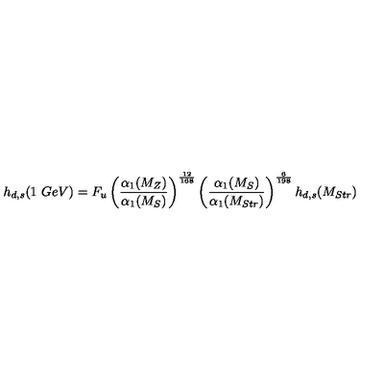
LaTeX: h _ { d , s } ( 1 \ G e V ) = F _ { u } \left( \frac { \alpha _ { 1 } ( M _ { Z } ) } { \alpha _ { 1 } ( M _ { S } ) } \right) ^ { \frac { 1 2 } { 1 6 8 } } \left( \frac { \alpha _ { 1 } ( M _ { S } ) } { \alpha _ { 1 } ( M _ { S t r } ) } \right) ^ { \frac { 6 } { 1 9 8 } } h _ { d , s } ( M _ { S t r } )